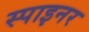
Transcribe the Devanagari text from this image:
स्पाइनर